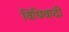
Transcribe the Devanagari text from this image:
विधिवादी